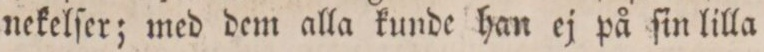
nekelſer; med dem alla kunde han ej på ſin lilla